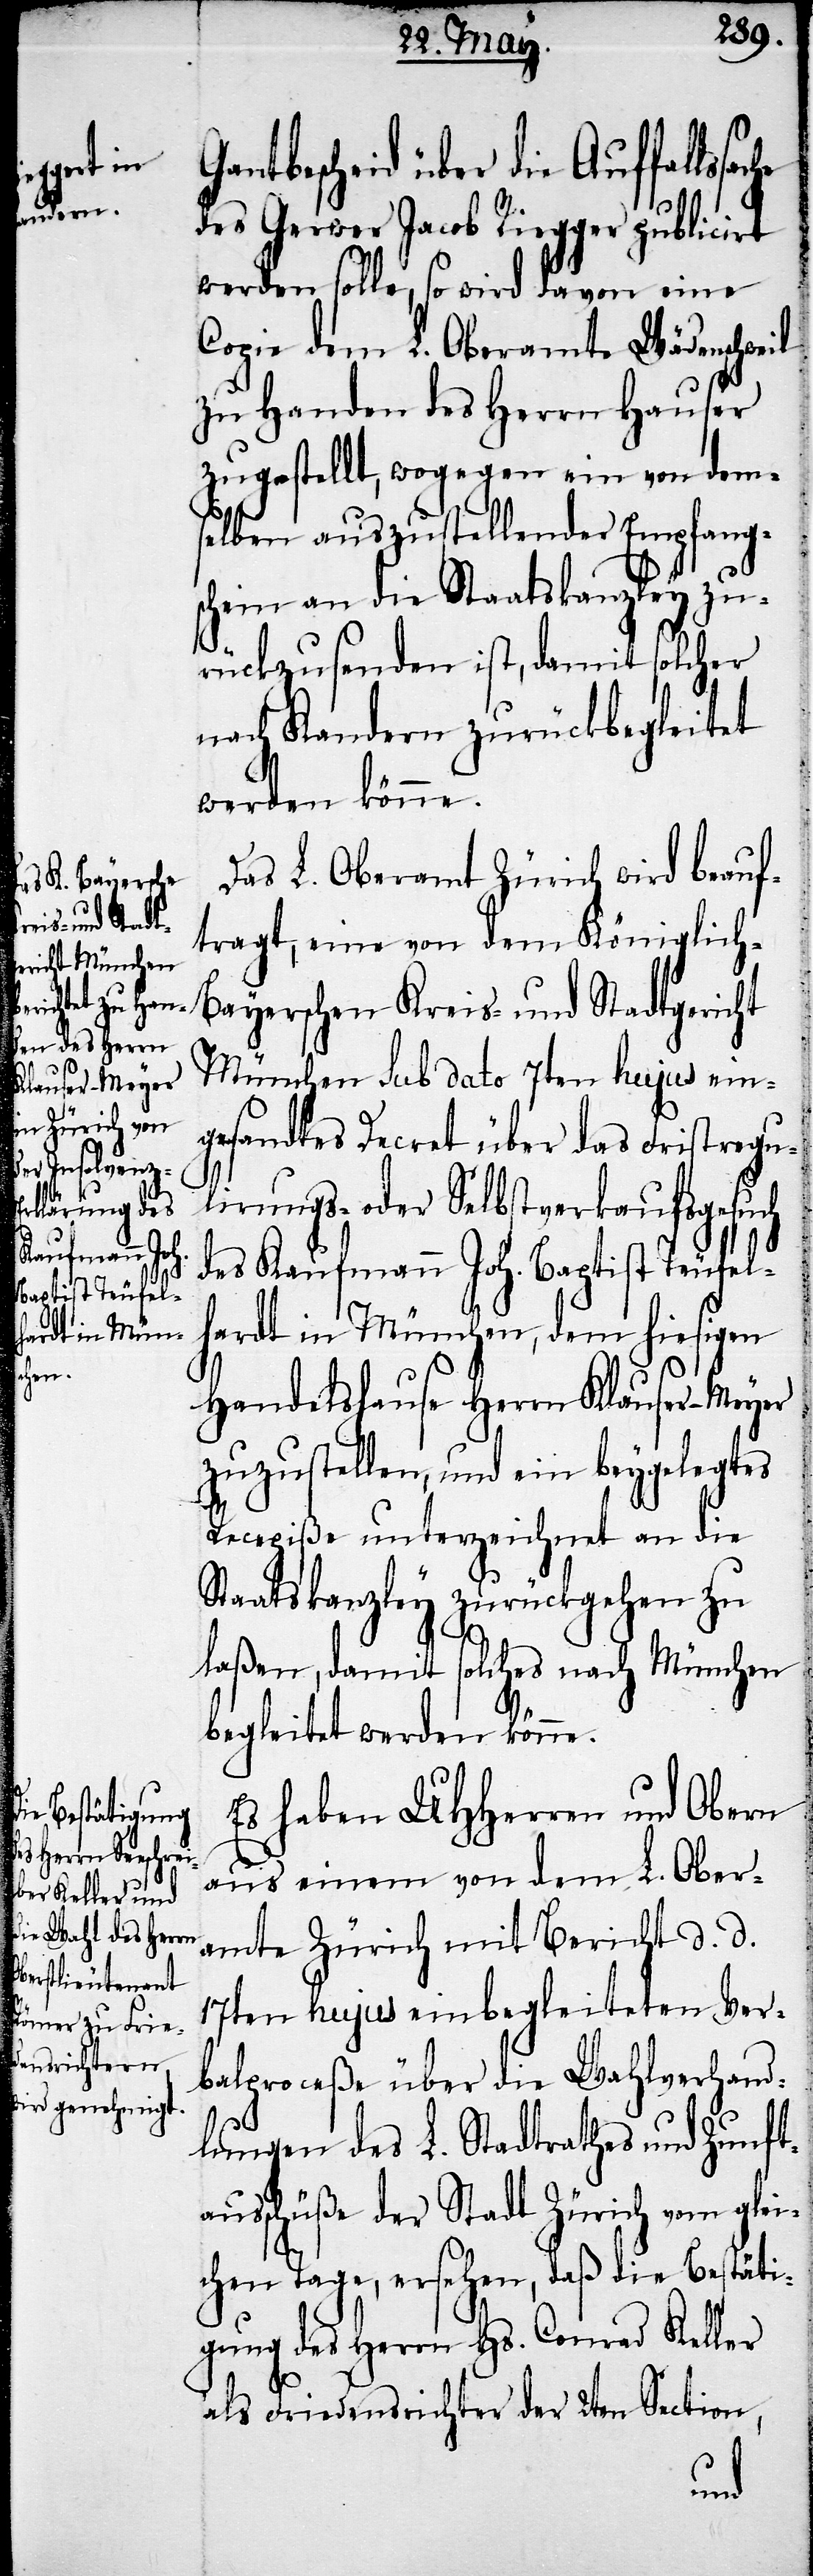
tbescheid über die Auffallss¬
des Gerwer Jacob Riepper [sic]
werden solle, so wird davon eine
Copie dem L. Oberamte Wädenschweil
zu Handen des Herrn Hauser
zugestellt, wogegen ein von dem¬
selben auszustellender Empfang¬
schein an die Staatskanzley zu¬
rückzusenden ist, damit solcher
nach Kandern zurückbegleitet
werden könne.
Das L. Oberamt Zürich wird beauf¬
tragt, eine von dem Königlich-B¬
ayerschen Kreis- und Stadtgericht
München sub dato 7ten hujus ein¬
gesandtes Decret über das Fristregu¬
lirungs- oder Selbstverkaufsgesuch
es Kaufmann Joh. Baptist Teufe¬
lhardt in München, dem hiesigen
Handelshause Herrn Klauser-Meyer
zuzustellen, und ein beygelegtes
Recepiße unterzeichnet an die
Staatskanzley zurückgehen zu
laßen, damit solches nach München
begleitet werden könne.
Es haben UHHerren und Obern
aus einem von dem L. Ober¬
amte Zürich mit Bericht d. d.
17ten hujus einbegleiteten Ver¬
balproceße über die Wahlverhand¬
lungen des L. Stadtrathes und Zunft¬
ausschüße der Stadt Zürich vom glei¬
chen Tage, ersehen, daß die Bestäti¬
gung des Herrn Hs. Conrad Keller
als Friedensrichter der 2ten Section,
d¬